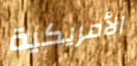
الأمريكية